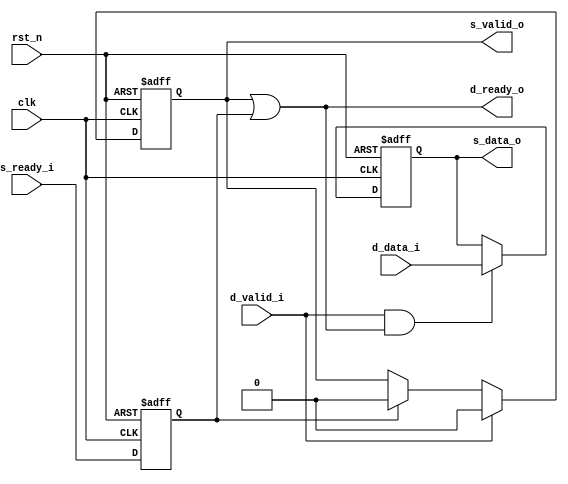
`timescale 1 ns/10 ps
module handshake_ready(
		input clk,
		input rst_n,
		
		//source
		input		s_ready_i,  //module downstream is ready to accept data
		output	s_valid_o,  //module has valid data at its output
		output	s_data_o,
		
		//des
		input		d_valid_i,  //module upstream has valid data to transfer
		input		d_data_i,
		output	d_ready_o //module ready to accept data
		
);
reg          ready_d1;
reg  s_valid_o_r;
reg  s_data_o_r;

always @(posedge clk or negedge rst_n)begin
		if(~rst_n) //
			s_valid_o_r <= 1'b0;
		else if(d_valid_i)  //des
			s_valid_o_r <= 1'b0;
		else if(ready_d1)  //readydesvalid
			s_valid_o_r <= 1'b0;
end		

always @(posedge clk or negedge rst_n) begin
		if(~rst_n)
			s_data_o_r <= 1'b0;
		else if(d_valid_i && d_ready_o)  //desvalid readysource
			s_data_o_r <= d_data_i;
			
end

always @(posedge clk or negedge rst_n) begin
		if (rst_n == 1'd0)
        ready_d1 <= 1'd0;
    else
        ready_d1 <= s_ready_i;
end

assign s_valid_o = s_valid_o_r;
assign s_data_o = s_data_o_r;
assign d_ready_o = (s_valid_o) | ready_d1;
endmodule


//test
`timescale 1ns/1ps

module handshake_ready_tb;

		reg 				clk;
		reg 				rst_n;
				
		reg					s_ready_i;  
		wire				s_valid_o;  
		wire				s_data_o;
				
		
		reg					d_valid_i;  
		reg					d_data_i;
		wire				d_ready_o; 


initial begin
				 clk <= 1'b0;
				 rst_n <= 1'b1;
				 s_ready_i <= 0;d_valid_i <= 0;d_data_i <= 0;rst_n <= 1'b1;
		#10  s_ready_i <= 1;d_valid_i <= 0;d_data_i <= 1;rst_n <= 1'b0;
		#10  s_ready_i <= 0;d_valid_i <= 1;d_data_i <= 1;rst_n <= 1'b1;
		#10  s_ready_i <= 1;d_valid_i <= 0;d_data_i <= 0;rst_n <= 1'b1;
		#10  s_ready_i <= 1;d_valid_i <= 0;d_data_i <= 1;rst_n <= 1'b1;
		#10  s_ready_i <= 0;d_valid_i <= 1;d_data_i <= 0;rst_n <= 1'b0;
		#10  s_ready_i <= 1;d_valid_i <= 0;d_data_i <= 1;rst_n <= 1'b1;
		#10  s_ready_i <= 0;d_valid_i <= 1;d_data_i <= 0;rst_n <= 1'b0;
		#10  $stop;

end

always@(*) 
begin
		#10  clk <= ~clk;
end


endmodule